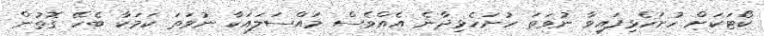
ކޯޓަކަށް ހުށަހެޅިފައިވާ ނުވަތަ ހުށަހެޅިދާނެ އެއްވެސް މައްސަލައަކާ ނުވަތަ ކަމަކާ ބެހޭ ގޮތުން